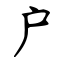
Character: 户